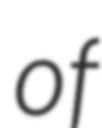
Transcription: of